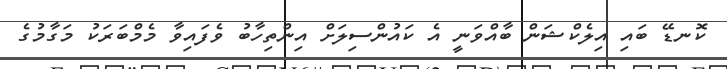
ކޮނޑޭ ބައި އިލެކްޝަން ބާއްވަނީ އެ ކައުންސިލަށް އިންތިހާބު ވެފައިވާ މެމްބަރަކު މަގާމުގެ